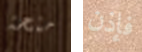
منحة فإذن